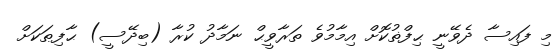
މި ފައިސާ ދެވޭނީ ޙިފްޡުކޮށް އިމާމުވެ ތަރާވީޙް ނަމާދު ކުރާ (ބިދޭސީ) ޙާފިޠަކަށް